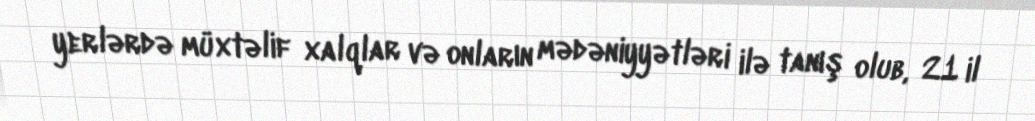
yerlərdə müxtəlif xalqlar və onların mədəniyyətləri ilə tanış olub, 21 il